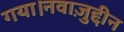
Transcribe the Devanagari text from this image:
गया।नवाज़ुद्दीन